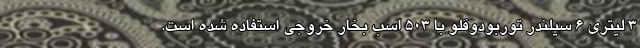
3 لیتری 6 سیلندر توربودوقلو با 503 اسب بخار خروجی استفاده شده است.